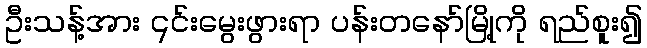
ဦးသန့်အား ၎င်းမွေးဖွားရာ ပန်းတနော်မြို့ကို ရည်စူး၍